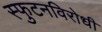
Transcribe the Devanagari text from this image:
स्‍फुटनविरोधी